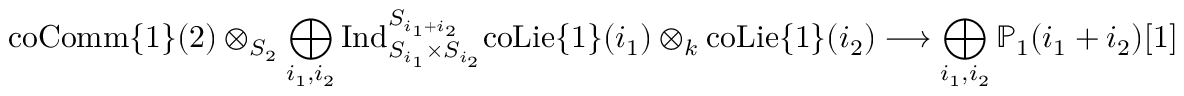
\mathrm { c o C o m m } \{ 1 \} ( 2 ) \otimes _ { S _ { 2 } } \bigoplus _ { i _ { 1 } , i _ { 2 } } \mathrm { I n d } _ { S _ { i _ { 1 } } \times S _ { i _ { 2 } } } ^ { S _ { i _ { 1 } + i _ { 2 } } } \mathrm { c o L i e } \{ 1 \} ( i _ { 1 } ) \otimes _ { k } \mathrm { c o L i e } \{ 1 \} ( i _ { 2 } ) \longrightarrow \bigoplus _ { i _ { 1 } , i _ { 2 } } \mathbb { P } _ { 1 } ( i _ { 1 } + i _ { 2 } ) [ 1 ]